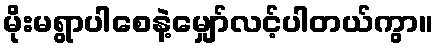
မိုးမရွာပါစေနဲ့မျှော်လင့်ပါတယ်ကွာ။